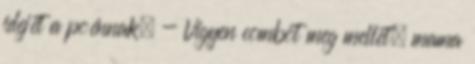
idejét a poénnak. - Vigyen combot meg mellet, mama